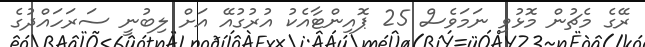
ރޭގެ މެޗުން މޮޅުވި ނަމަވެސް 25 ޕޮއިންޓާއެކު އުރުގުއޭ އަށް ލިބުނީ ސަރަހައްދުގެ